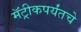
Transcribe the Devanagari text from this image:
मॅट्रीकपर्यंतचे